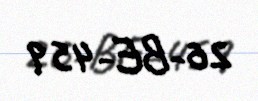
26-BE-459